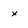
Character: x